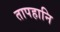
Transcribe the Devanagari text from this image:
तापहानि